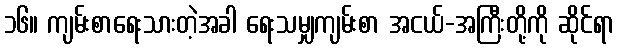
၁၆။ ကျမ်းစာရေးသားတဲ့အခါ ရေးသမျှကျမ်းစာ အငယ်-အကြီးတို့ကို ဆိုင်ရာ